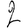
Digit: 2